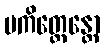
ပကိတ္တေန္တော